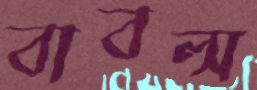
বাবল্স